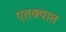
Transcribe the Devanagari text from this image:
एतक्यात